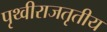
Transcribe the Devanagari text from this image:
पृथ्वीराजतृतीय